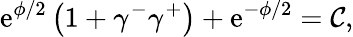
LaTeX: \mathrm{e}^{\phi/2}\left(1+\gamma^{-}\gamma^{+}\right)+\mathrm{e}^{-\phi/2}=\mathcal{{C}},